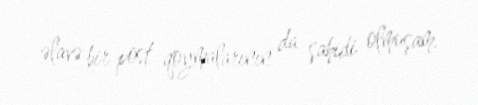
əlavə bir post qoymalarının da şahidi olmuşam.